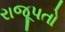
રાજૂપતો